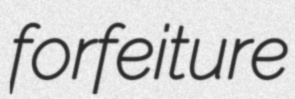
forfeiture